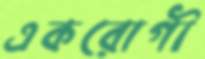
একরোগী